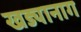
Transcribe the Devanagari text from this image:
खड्यानाग